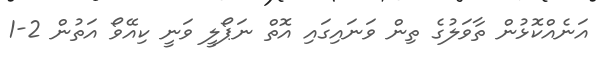
އަނެއްކޮޅުން ތާވަލުގެ ތިން ވަނައިގައި އޮތް ނަޕޯލީ ވަނީ ކިއޭވޯ އަތުން 2-1